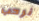
نرحب